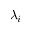
\lambda _ { i }